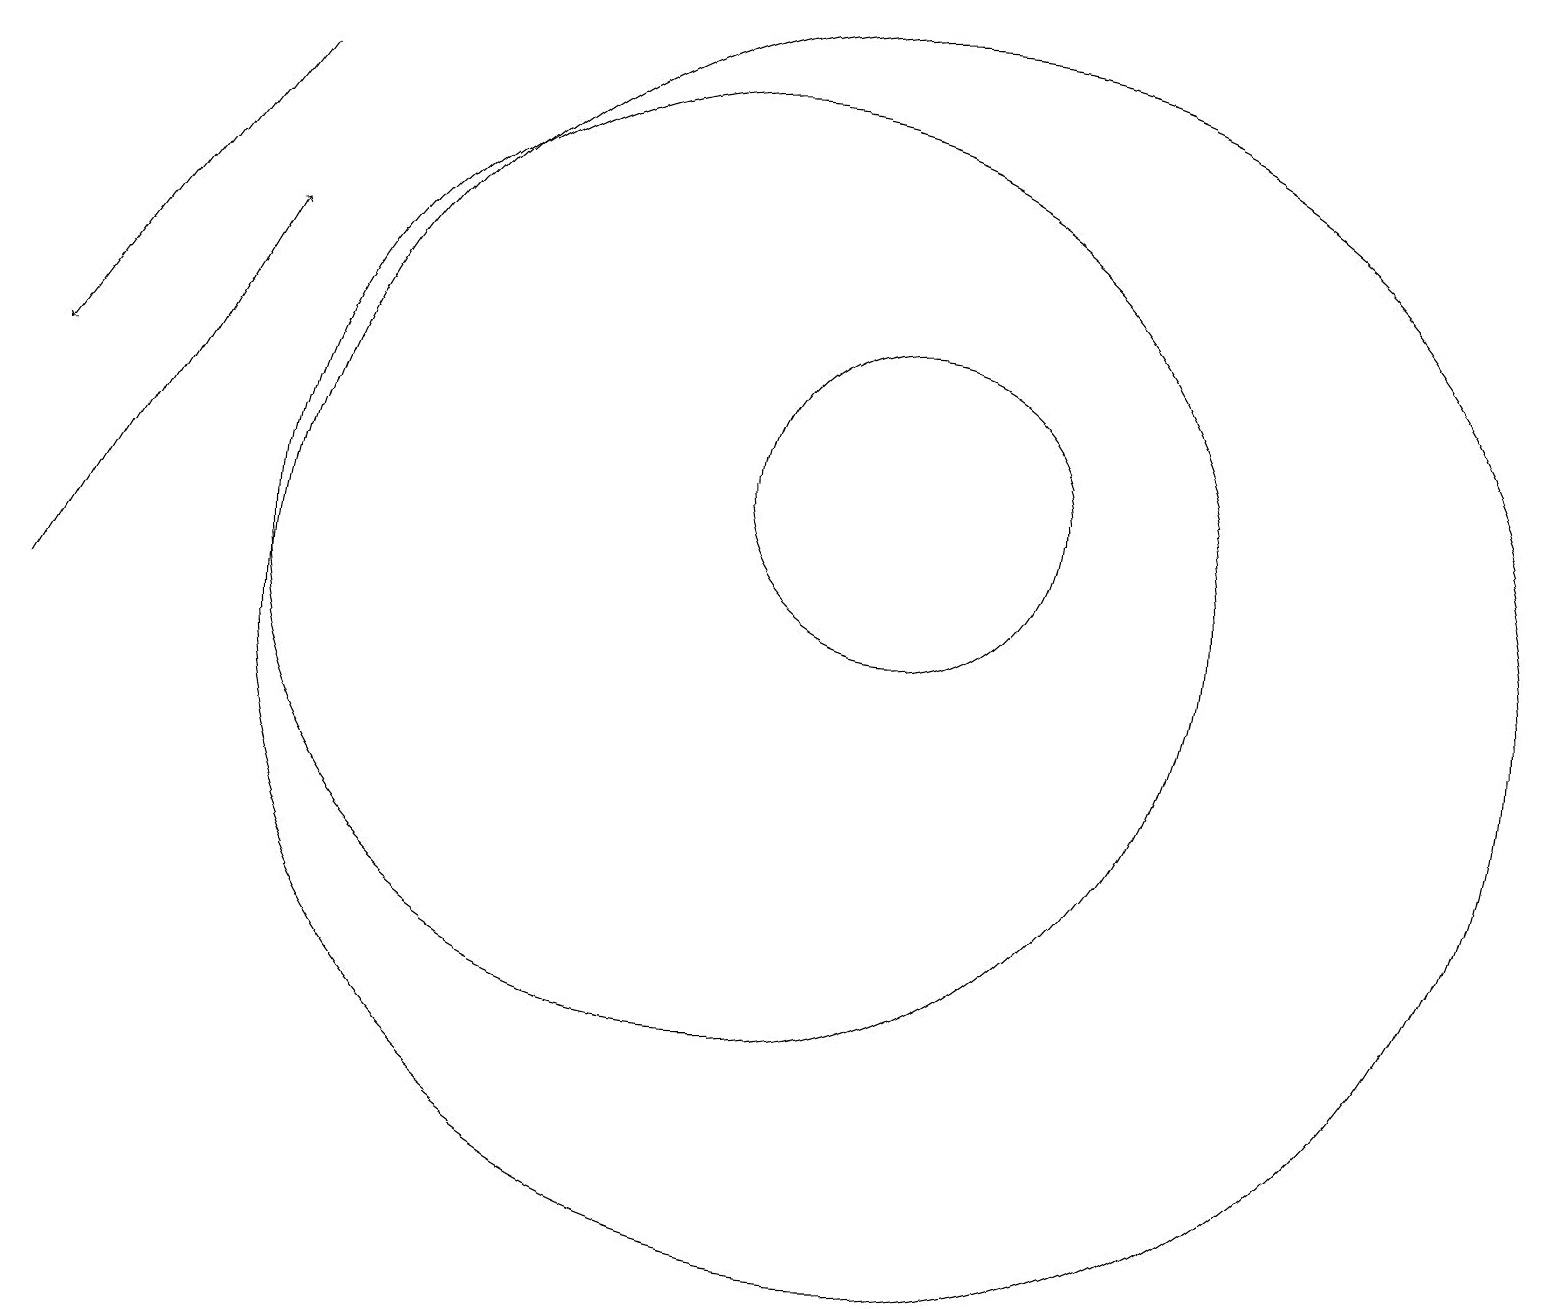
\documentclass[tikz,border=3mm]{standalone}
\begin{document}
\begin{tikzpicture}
\draw (10,11) circle (6);
\draw (12,10) circle (8);
\draw (12,12) circle (2);
\draw[->] (1,10) -- (4,15);
\draw[->] (4,17) -- (1,13);
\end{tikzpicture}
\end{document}